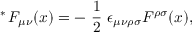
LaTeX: \mathrm { \mathrm { } ~ ^ { * } \! ~ } F _ { \mu \nu } ( x ) = - \mathrm { \small ~ \frac { 1 } { 2 } ~ } \epsilon _ { \mu \nu \rho \sigma } F ^ { \rho \sigma } ( x ) ,